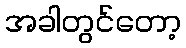
အခါတွင်တော့